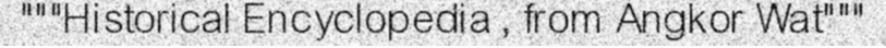
"""Historical Encyclopedia , from Angkor Wat"""